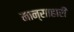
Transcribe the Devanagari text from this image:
मान्साहारी